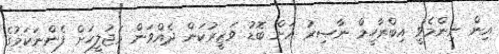
އިން ނިންމެވީ އިބްރާހީމް ނާޞިރު އަށް ބޮޑު ވަޒީރުކަން ދެއްވަން މަޖުލީހަށް ފެންނަކަމުގެ